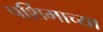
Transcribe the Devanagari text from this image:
पर्शिमाच्या